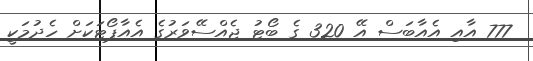
777 އާއި އެއާބަސް އޭ 320 ގެ ބޯޓު ޖެއްސޭވަރުގެ އެއާޕޯޓަކަށް ހެދުމަކީ